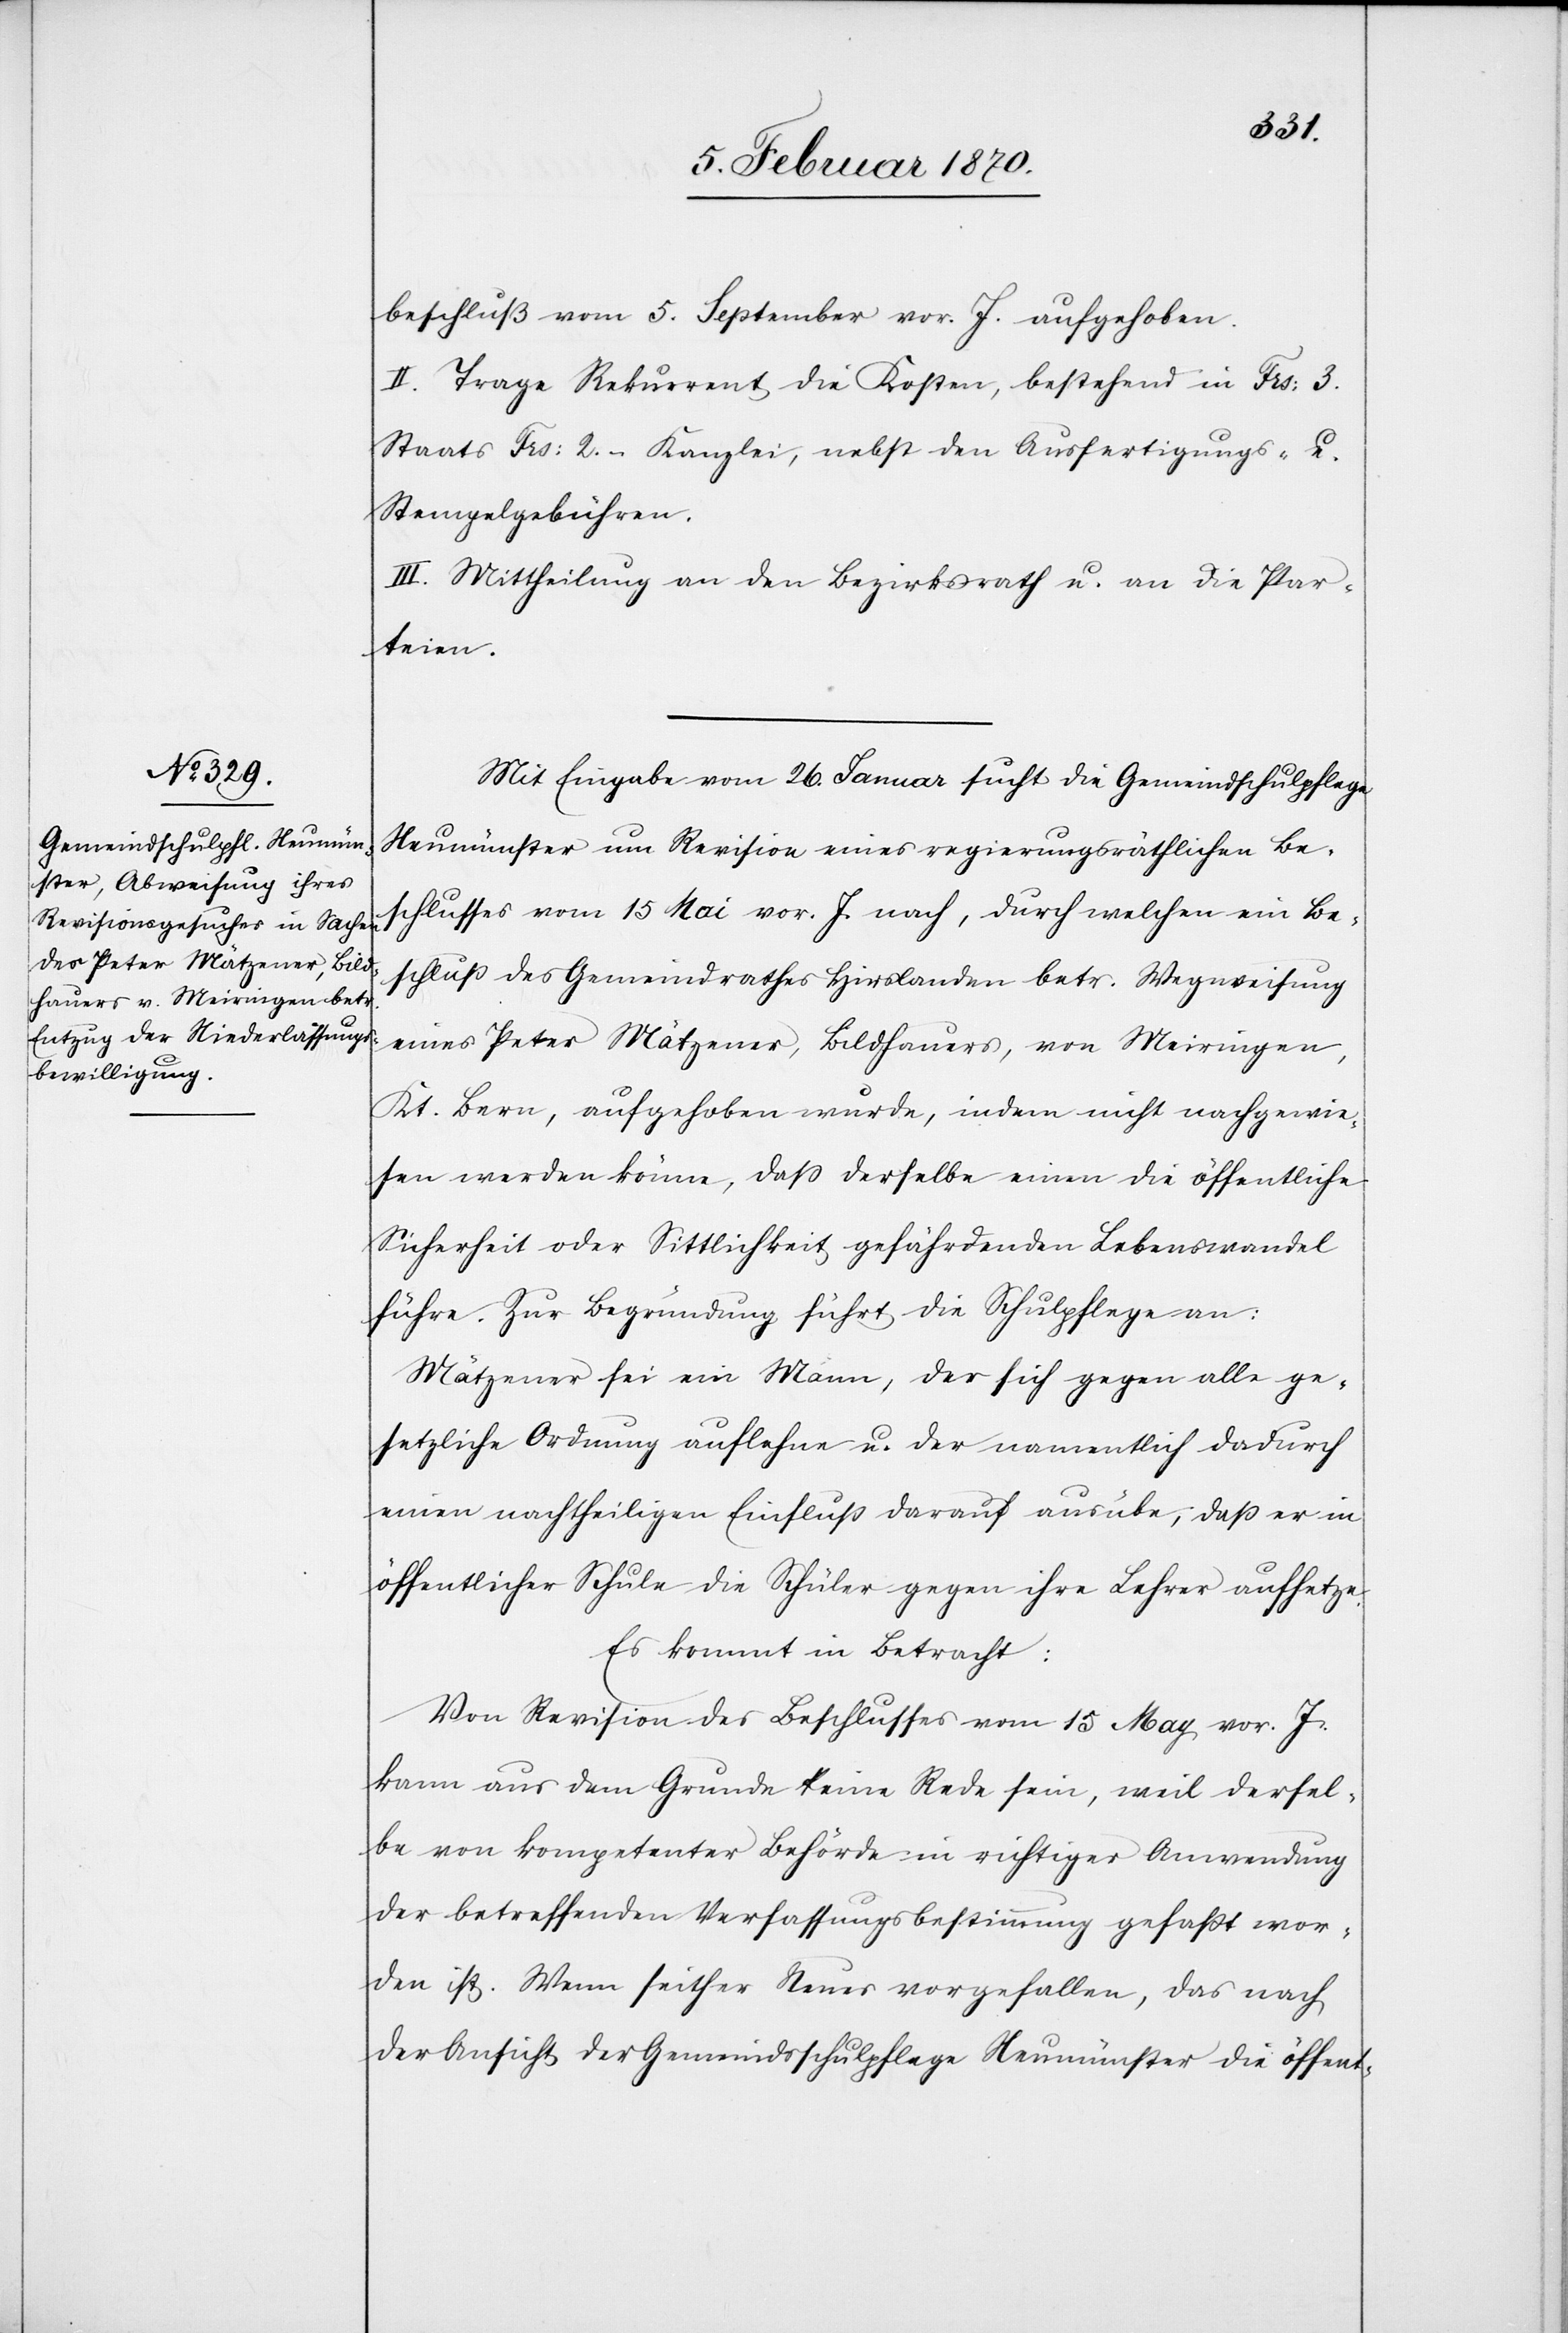
beschluß vom 5. September vor. J. aufgehoben.
II. Trage Rekurrent die Kosten, bestehend in Frs: 3.
Staats[-,] Frs: 2.– Kanzlei[-], nebst den Ausfertigungs- u.
Stempelgebühren.
III. Mittheilung an den Bezirksrath u. an die Par¬
teien.
Mit Eingabe vom 26. Januar sucht die Gemeindschulpflege
Neumünster um Revision eines regierungsräthlichen Be¬
schlusses vom 15 Mai vor. J. nach, durch welchen ein Be¬
schluß des Gemeindrathes Hirslanden betr. Wegweisung
eines Peter Mätzener, Bildhauers, von Meiringen,
Kt. Bern, aufgehoben wurde, indem nicht nachgewie¬
sen werden könne, dass derselbe einen die öffentliche
Sicherheit oder Sittlichkeit gefährdenden Lebenswandel
führe. Zur Begründung führt die Schulpflege an:
Mätzener sei ein Mann, der sich gegen alle ge¬
setzliche Ordnung auflehne u. der namentlich dadurch
einen nachtheiligen Einfluß darauf ausübe, daß er in
öffentlicher Schule die Schüler gegen ihre Lehrer aufhetze.
Es kommt in Betracht:
Von Revision des Beschlusses vom 15 May vor. J.
kann aus dem Grunde keine Rede sein, weil dersel¬
be von kompetenter Behörde in richtiger Anwendung
der betreffenden Verfassungsbestimmung gefasst wor¬
den ist. Wenn seither Neues vorgefallen, das nach
der Ansicht der Gemeindsschulpflege Neumünster die öffent-